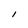
Character: l